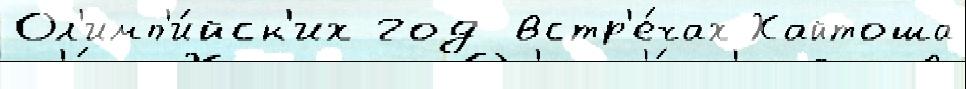
Ол'имп'и́йск'их год встр'е́чах Хайтоша